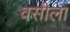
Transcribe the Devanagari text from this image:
वसीला